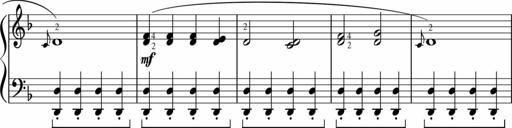
Title: Sonatinas
Composer: Andrew Violette